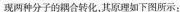
现两种分子的耦合转化，其原理如下图所示：